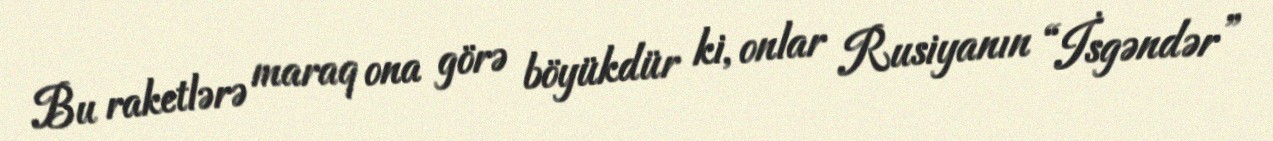
Bu raketlərə maraq ona görə böyükdür ki, onlar Rusiyanın “İsgəndər”